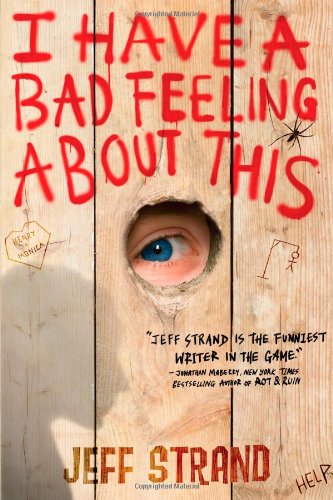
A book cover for I Have a Bad Feeling About This; Jeff Strand; Teen & Young Adult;